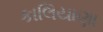
કાલિયાણા